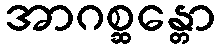
အာဂစ္ဆန္တော